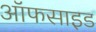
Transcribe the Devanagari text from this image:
ऑफसाइड